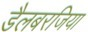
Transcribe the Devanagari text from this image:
डैलबरजिया